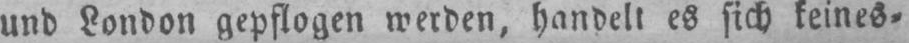
und London gepflogen werden, handelt es sich keines⸗